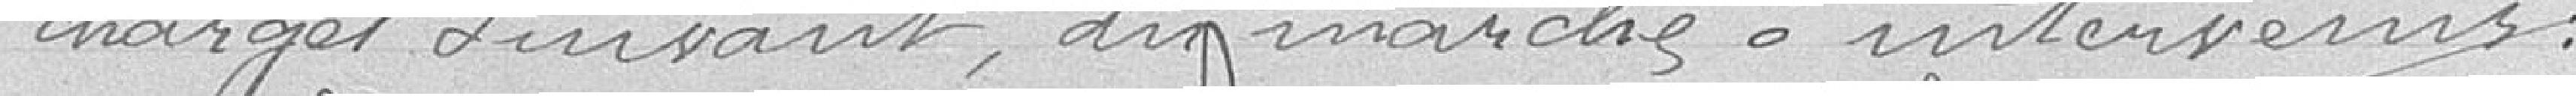
charges suivant , des marchés à intersemés :